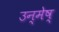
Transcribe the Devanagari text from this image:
उन्मेष्